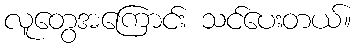
လူတွေအကြောင်း သင်ပေးတယ်။